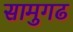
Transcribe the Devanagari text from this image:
सामुगढ